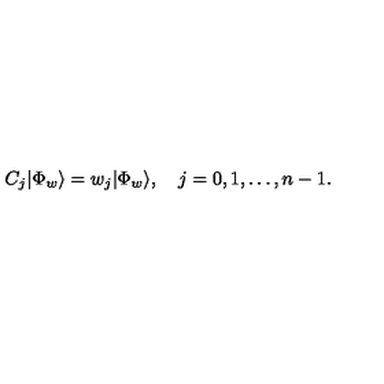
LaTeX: { C } _ { j } | \Phi _ { w } \rangle = w _ { j } | \Phi _ { w } \rangle , \quad j = 0 , 1 , \ldots , n - 1 .